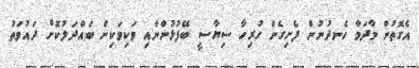
އެގޮތުން މާދަމާ ހެނދުނުން ފެށިގެން ހުރިހާ ސިޔާސީ ބޭފުޅުންނާއި ވަކިވަކިން ބައްދަލުކޮށް ދައުވަތު